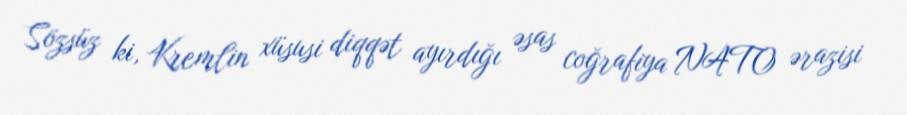
Sözsüz ki, Kremlin xüsusi diqqət ayırdığı əsas coğrafiya NATO ərazisi